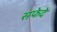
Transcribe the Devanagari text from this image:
सफेदे